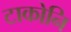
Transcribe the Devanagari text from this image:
टाकोनि